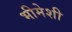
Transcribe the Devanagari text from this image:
भीमेशी